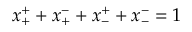
x _ { + } ^ { + } + x _ { + } ^ { - } + x _ { - } ^ { + } + x _ { - } ^ { - } = 1